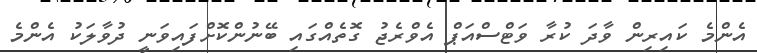
އެންމެ ކައިރިން ވާދަ ކުރާ ވަޓްސްއަޕް އެވްރެޖު ގޮތެއްގައި ބޭނުންކޮށްފައިވަނީ ދުވާލަކު އެންމެ